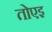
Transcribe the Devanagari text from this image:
तोएइ